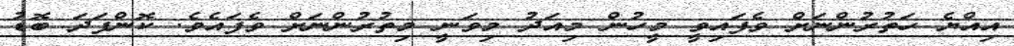
އިއްޔެ ހަތުރުންނަށް ވެފައިވީ މީހުން މިއަދު މިވަނީ މިތުރުންނަށް ވެފައެވެ. ކޮންފަދަ ބޮޑު